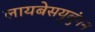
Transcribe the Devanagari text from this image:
लायबेसयुबुंगन